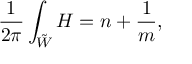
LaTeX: \frac { 1 } { 2 \pi } \int _ { \tilde { W } } H = n + \frac { 1 } { m } ,